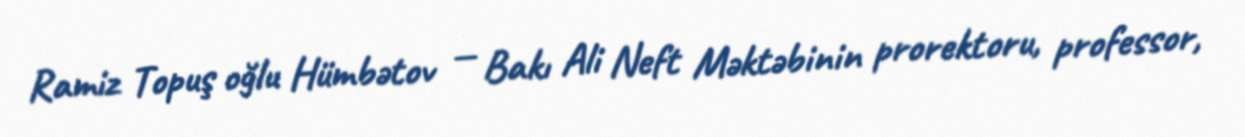
Ramiz Topuş oğlu Hümbətov — Bakı Ali Neft Məktəbinin prorektoru, professor,